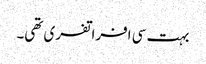
بہت سی افراتفری تھی۔